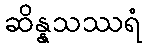
ဆိန္နသဿရံ